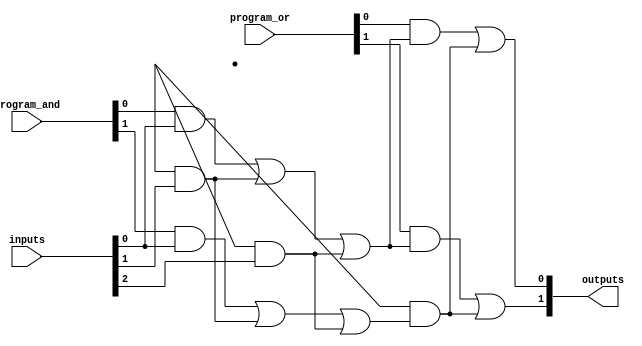
module programmable_logic_array (
    input wire [N-1:0] inputs,        // N input signals (A, B, C, ..., N)
    input wire [M-1:0] program_and,   // Control signals for AND plane
    input wire [P-1:0] program_or,    // Control signals for OR plane
    output wire [Q-1:0] outputs        // Q output signals (Y1, Y2, ..., Ym)
);
    parameter N = 3;                  // Number of inputs
    parameter M = 4;                  // Number of AND gates
    parameter P = 2;                  // Number of OR gates
    parameter Q = 2;                  // Number of outputs

    wire [M-1:0] and_outputs;         // Outputs from AND gates
    wire [P-1:0] or_outputs;          // Outputs from OR gates

    // AND plane
    genvar i, j;
    generate
        for (i = 0; i < M; i = i + 1) begin : and_gate
            assign and_outputs[i] = (program_and[i] & inputs[0]) |
                                     (program_and[i + M] & inputs[1]) |
                                     (program_and[i + 2*M] & inputs[2]);
        end
    endgenerate

    // OR plane
    generate
        for (j = 0; j < P; j = j + 1) begin : or_gate
            assign or_outputs[j] = (program_or[j] & and_outputs[0]) |
                                    (program_or[j + P] & and_outputs[1]);
        end
    endgenerate

    // Final outputs
    assign outputs = or_outputs;

endmodule